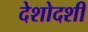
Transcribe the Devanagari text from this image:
देशोदशी